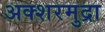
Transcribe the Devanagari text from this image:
अक्शरमुद्रा